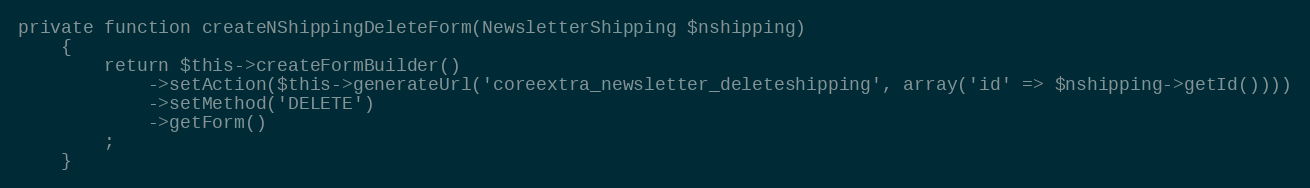
Language: PHP
private function createNShippingDeleteForm(NewsletterShipping $nshipping)
    {
        return $this->createFormBuilder()
            ->setAction($this->generateUrl('coreextra_newsletter_deleteshipping', array('id' => $nshipping->getId())))
            ->setMethod('DELETE')
            ->getForm()
        ;
    }